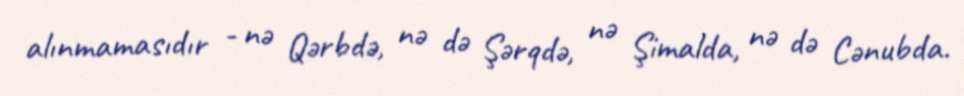
alınmamasıdır - nə Qərbdə, nə də Şərqdə, nə Şimalda, nə də Cənubda.